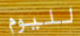
لليوم